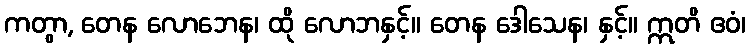
ကတွာ, တေန လောဘေန၊ ထို လောဘနှင့်။ တေန ဒေါသေန၊ နှင့်။ ဣတိ ဧဝံ၊